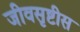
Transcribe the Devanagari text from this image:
जीवसृष्टीस